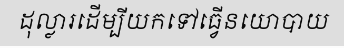
ដុល្លារដើម្បីយកទៅធ្វើនយោបាយ